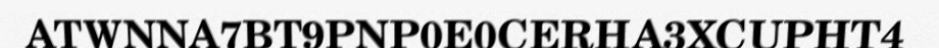
ATWNNA7BT9PNP0E0CERHA3XCUPHT4